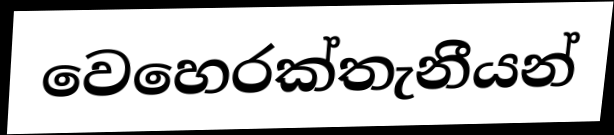
වෙහෙරක්තැනීයන්